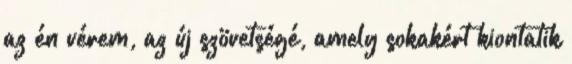
az én vérem, az új szövetségé, amely sokakért kiontatik